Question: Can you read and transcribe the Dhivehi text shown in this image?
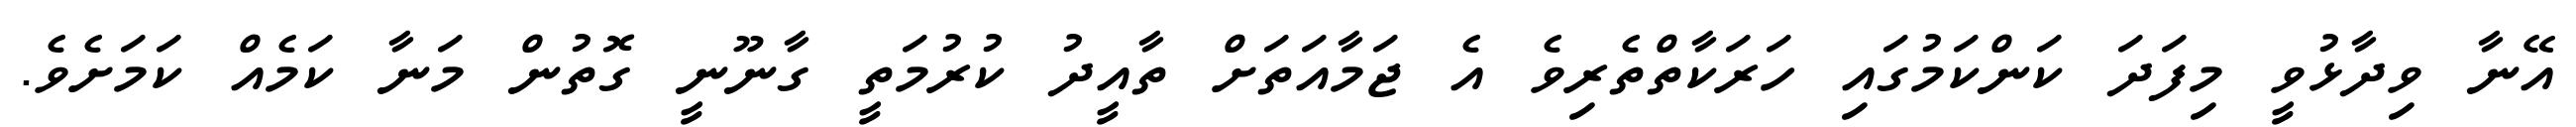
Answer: އޭނާ ވިދާޅުވީ މިފަދަ ކަންކަމުގައި ހަރަކާތްތެރިވެ އެ ޖަމާއަތަށް ތާއީދު ކުރުމަތީ ގާނޫނީ ގޮތުން މަނާ ކަމެއް ކަމަށެވެ.